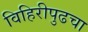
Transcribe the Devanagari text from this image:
विहिरीपुढचा